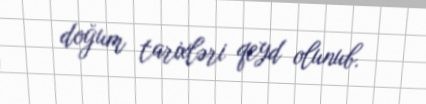
doğum tarixləri qeyd olunub.